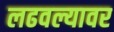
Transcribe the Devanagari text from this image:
लढवल्यावर